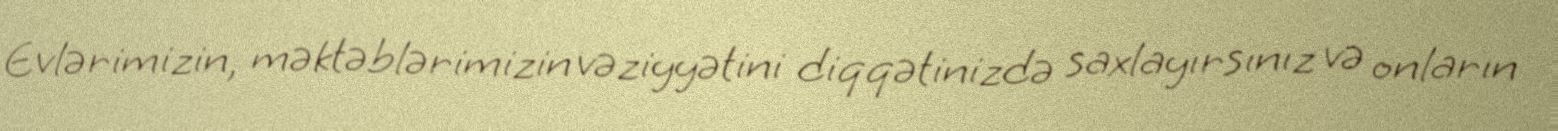
Evlərimizin, məktəblərimizin vəziyyətini diqqətinizdə saxlayırsınız və onların